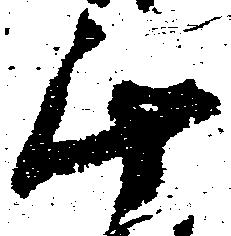
斗